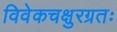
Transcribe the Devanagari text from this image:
विवेकचक्षुरग्रतः